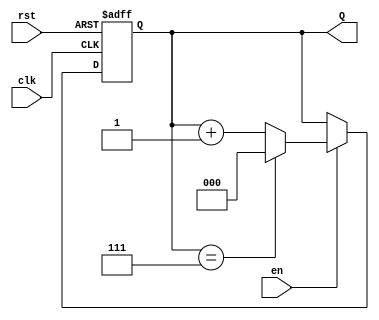
module up_counter_moore #(
    parameter N = 3  // Parameter for the number of bits in the counter (default is 3 for a 3-bit counter)
)(
    input wire clk,    // Clock input
    input wire rst,    // Asynchronous reset input
    input wire en,     // Enable input
    output reg [N-1:0] Q // Output count value
);

// State transition logic
always @(posedge clk or posedge rst) begin
    if (rst) begin
        Q <= 0; // Reset the counter to 0
    end else if (en) begin
        // Increment the counter, wrap around if it reaches max value
        if (Q == (1 << N) - 1) // Check if Q reached maximum value (2^N - 1)
            Q <= 0; // Wrap around to 0
        else
            Q <= Q + 1; // Increment counter
    end
    // If enable is low, retain the current state (no action needed)
end

endmodule